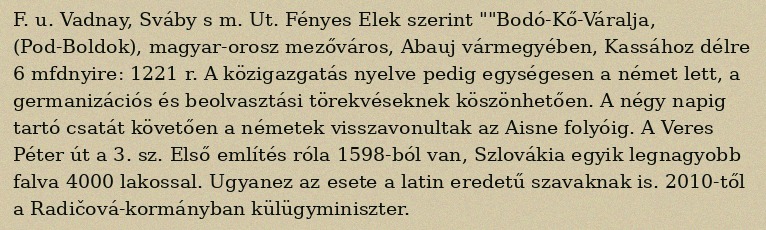
F. u. Vadnay, Sváby s m. Ut. Fényes Elek szerint ""Bodó-Kő-Váralja, (Pod-Boldok), magyar-orosz mezőváros, Abauj vármegyében, Kassához délre 6 mfdnyire: 1221 r. A közigazgatás nyelve pedig egységesen a német lett, a germanizációs és beolvasztási törekvéseknek köszönhetően. A négy napig tartó csatát követően a németek visszavonultak az Aisne folyóig. A Veres Péter út a 3. sz. Első említés róla 1598-ból van, Szlovákia egyik legnagyobb falva 4000 lakossal. Ugyanez az esete a latin eredetű szavaknak is. 2010-től a Radičová-kormányban külügyminiszter.